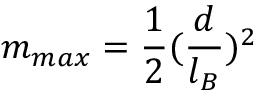
m _ { m a x } = \frac { 1 } { 2 } ( \frac { d } { l _ { B } } ) ^ { 2 }